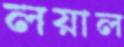
লয়াল